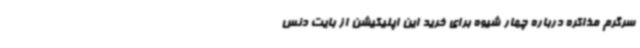
سرگرم مذاکره درباره چهار شیوه برای خرید این اپلیکیشن از بایت دنس